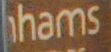
hams